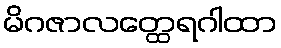
မိဂဇာလတ္ထေရဂါထာ